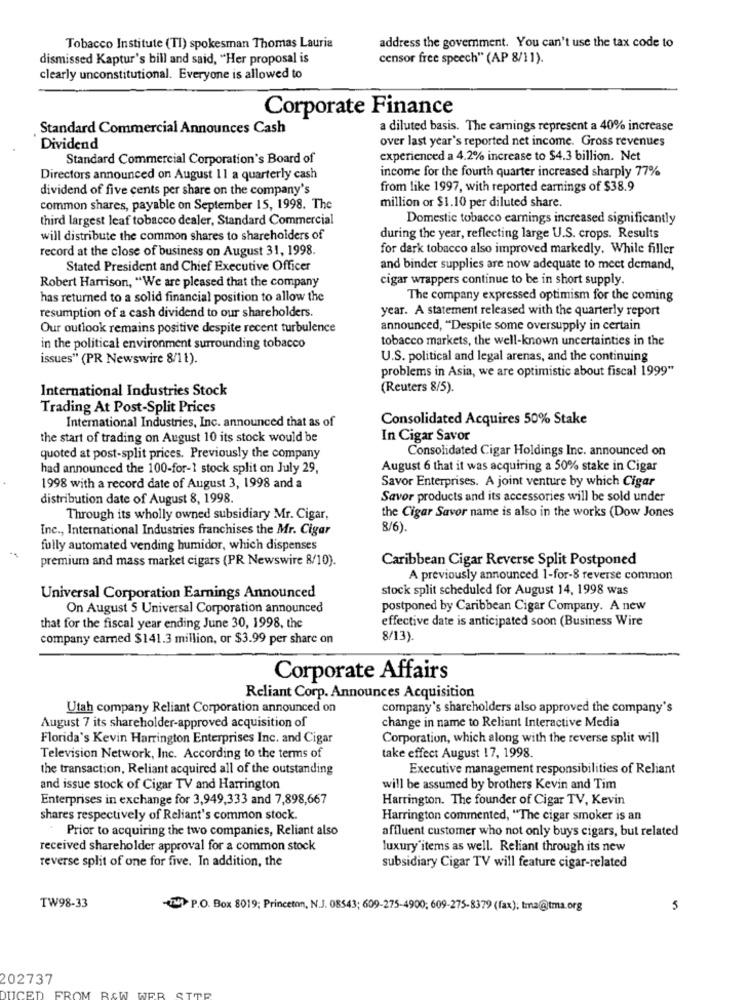
Tobacco Institute (TI) spokesman Thomas Lauria
address the government. You can't use the tax code to
dismissed Kaptur's bill and said, "Her proposal is
censor free speech" (AP 8/11).
clearly unconstitutional. Everyone is allowed to
Corporate Finance
Standard Commercial Announces Cash
a diluted basis. The carnings represent a 40% increase
over last year's reported net income. Gross revenues
Dividend
Standard Commercial Corporation's Board of
experienced a 4.2% increase to $4.3 billion. Net
income for the fourth quarter increased sharply 77%
Directors announced on August 11 a quarterly cash
dividend of five cents per share on the company's
from like 1997, with reported earnings of $38.9
common shares, payable on September 15, 1998. The
million or $1.10 per diluted share.
third largest leaf tobacco dealer, Standard Commercial
Domestic tobacco earnings increased significantly
will distribute the common shares to shareholders of
during the year, reflecting large U.S. crops. Results
record at the close of business on August 31, 1998.
for dark tobacco also improved markedly. While filler
Stated President and Chief Executive Officer
and binder supplies are now adequate to meet demand,
Robert Harrison, "We are pleased that the company
cigar wrappers continue to be in short supply.
has returned to a solid financial position to allow the
The company expressed optimism for the coming
resumption of a cash dividend to our shareholders.
year. A statement released with the quarterly report
Our outlook remains positive despite recent turbulence
announced, "Despite some oversupply in certain
tobacco markets, the well-known uncertainties in the
in the political environment surrounding tobacco
issues" (PR Newswire 8/11).
U.S. political and legal arenas, and the continuing
problems in Asia, we are optimistic about fiscal 1999"
International Industries Stock
(Reuters 8/5).
Trading At Post-Split Prices
International Industries, Inc. announced that as of
Consolidated Acquires 50% Stake
the start of trading on August 10 its stock would be
In Cigar Savor
Consolidated Cigar Holdings Inc. announced on
quoted at post-split prices. Previously the company
had announced the 100-for-1 stock split on July 29,
August 6 that it was acquiring a 50% stake in Cigar
Savor Enterprises. A joint venture by which Cigar
1998 with a record date of August 3, 1998 and a
distribution date of August 8, 1998.
Savor products and its accessories will be sold under
Through its wholly owned subsidiary Mr. Cigar,
the Cigar Savor name is also in the works (Dow Jones
Inc ., International Industries franchises the Mr. Cigar
8/6).
fully automated vending humidor, which dispenses
premium and mass market cigars (PR Newswire 8/10).
Caribbean Cigar Reverse Split Postponed
A previously announced 1-for-8 reverse common
stock split scheduled for August 14, 1998 was
Universal Corporation Earnings Announced
On August S Universal Corporation announced
postponed by Caribbean Cigar Company. A new
effective date is anticipated soon (Business Wire
that for the fiscal year ending June 30, 1998, the
company earned $141.3 million, or $3.99 per share on
8/13)
Corporate Affairs
Reliant Corp. Announces Acquisition
Utah company Reliant Corporation announced on
company's shareholders also approved the company's
change in name to Reliant Interactive Media
August 7 its shareholder-approved acquisition of
Florida's Kevin Harrington Enterprises Inc. and Cigar
Corporation, which along with the reverse split will
Television Network, Inc. According to the terms of
take effect August 17, 1998.
the transaction, Reliant acquired all of the outstanding
Executive management responsibilities of Reliant
and issue stock of Cigar TV and Harrington
will be assumed by brothers Kevin and Tim
Enterprises in exchange for 3,949,333 and 7,898,667
Harrington. The founder of Cigar TV, Kevin
shares respectively of Reliant's common stock.
Harrington commented, "The cigar smoker is an
Prior to acquiring the two companies, Reliant also
affluent customer who not only buys cigars, but related
received shareholder approval for a common stock
luxury items as well. Reliant through its new
reverse split of one for five. In addition, the
subsidiary Cigar TV will feature cigar-related
TW98-33
P.O. Box 8019; Princeton, N.J. 08543; 609-275-4900; 609-275-8379 (fax); tma@tma.org
5
202737
UCED